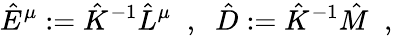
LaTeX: \hat{E}^{\mu}:=\hat{K}^{-1}\hat{L}^{\mu}\; \; ,\; \; \hat{D}:=\hat{K}^{-1}\hat{M}\; \; ,